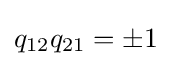
q_{12}q_{21}=\pm 1